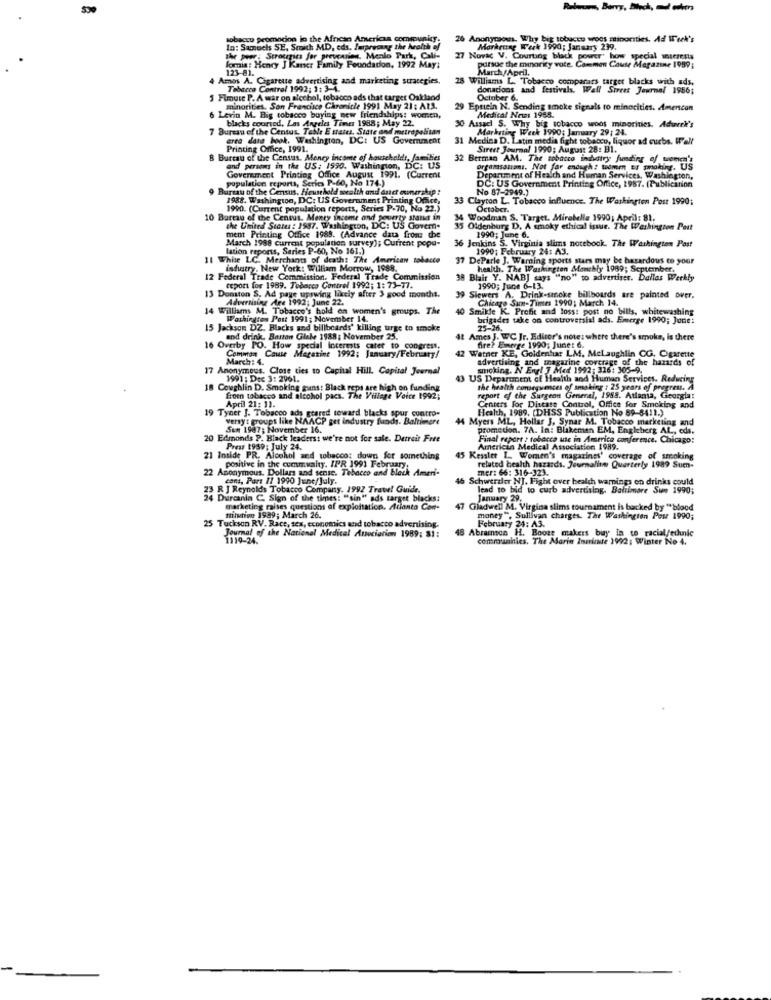
tobacco promocion in the African America community.
26 Anonymous. Why big tobucco woos sminorities. Ad Week's
In: Samuels SE, Smith MD, eds. Teprveung the health of
the A
Marketing Week 1990; January 239.
the poor; Strougics fer prevcmies, Menlo Park, Cali-
Park,
27 Novac V. Courting black power" how special interests
pursue the minority vote. Carmen Cause Magazine 1989;
123-81.
lomia : Henry J Kaner Family Foundation, 1992 May;
March/April.
4 Amos A. Cigarette advertising and marketing strategies.
28 Williams L. Tobacco comparars target blacks with ads.
Tabacco Control 1992; 1: 3-4.
donacions and festivals. Wall Street Journal 1986;
5 Fimuse P. A war on alcohol, tobacco ads that target Oakland
October 6.
minorities, San Francisco Chronicle 1991 May 21 : ALS.
29 Eptiein N. Sending smoke signals to minorities. American
6 Levin M. Big tobacco buying new friendships: women,
blacks coursed, Las Angeles Times 1988; May 22.
Medical News 1968.
7 Bureau of the Centus. Table E states. State and metropolitan
30 Assacl S. Why big tobacco woos minorities. Adweek's
Marketing Week 1990; January 29: 24.
erto date hook, Washington, DC: US Government
31 Medina D. Latin media fight tobacco, liquor ad curbs. Wall
Printing Office, 1991.
Street Journal 1990; August 28: B1.
B Bureau of the Census. Money income of households, families
32 Berman AM. The tobacco industry funding of women's
and persons in the US: 1590. Washington, DC: US
Orgamsalıanı. Not far endugh: tuomen er poking. US
population reports, Series P.60, No 174.)
Government Printing Office August 1991. (Current
Department of Health and Human Services. Washington,
DC: US Government Printing Office, 1987. (Publication
Bursau of the Census, Ffeusehold moralth and duct owner ship :
No 87-2949.)
1988. Washington, DC: US Government Printing Office,
33 Clayton L. Tobacco influence. The Washington Post 1990;
1990. (Current population reports, Series P-70, No 22.)
October.
10 Bureau of the Census. Menry income and poverty stand in
34 Woodman S. Target, Mirabelle 1990; April: 81.
the United Status : 1987. Washington, DC: US Govern-
ment Printing Office 1985. (Advance data from the
35 Oldenburg D. A smoky ethical issue. The Washington Post
1990; June 6.
March 1988 current population survey); Current popu-
36 Jenkins S. Virginia slims notebook. The Washington Post
lation reports, Series P-60, No 161.)
1990; February 24: A3.
11 White LC. Merchants of death: The American tobacco
37 DeParle J. Warning sports stars may be hazardous to your
ishistry. New York: William Morrow, 1988.
health. The Washington Monthly 1969; September.
12 Federal Trade Commission, Federal Trade Commission
38 Blair Y. NABJ says "no" to advertiser. Dallas Weekly
teport for 1989. Tobacco Contrel 1992; 1: 73-77.
1990; June 6-13.
Advertising Are 19921 30
39 Siewers A. Drink-smoke billboards are painted over.
Chicago Sun-Times 1990; March 14.
14 Williams M. Tobacco's hold on women's groups. The
40 Smikle K. Profit and loss! post no bills, whitewashing
Washington Post 1991; November 14.
brigades take on controversial ads. Emerge 1990; Jone:
15 Jackson DZ. Blacks and billboards' killing urge to smoke
25-26.
and drink Bartan Glele 1988; November 25.
4L Ames J. WC Jr. Editor's note : where there's smoke, is there
16 Overby PO. How special interests cater to congress,
42 Watner KE, Goldenhar LM, MeLaughlin CG. Cigarette
fire? Emerge 1990; June: 6.
Common Cause Magazine 1992; January/February/
March: 4.
advertising and magarine coverage of the hazards of
17 Anonymous, Close cies to Capital Hill. Capital Journal
smoking. N Engl J Med 1992: 316: 305-9.
1991: Dec 3: 2961.
43 US Department of Health and Human Services. Reducing
18 Coughlin D. Smoking guns: Black reps are high on funding
the health conseguesces of smoking : 25 years of progress, A
from tobacco and alcohol pacs. The Village Voice 1992;
report of the Surgeon General, 1988. Atlanta, Georgia:
19 Tyner J. Tobacco ads geared toward blacks spur contro-
April 21: 11.
Health, 1989. (DHSS Publication No 89-8411.)
Centers For Distate Control, Office for Smoking and
versyt groups like NAACP get industry funds. Baltimore
44 Myers ML, Hollar J, Synar M. Tobacco marketing and
Sen 1987; November 16.
promedion. 7A. In: Blakemen EM, Engleberg AL, eds.
20 Edmonds P. Black leaders: we're not for sale. Detroit Free
Final report : tobacco ute in America conference. Chicago:
Press 1959; July 24.
American Medical Association 1989.
21 Inside PR. Alcohol and tobacco: down for something
45 Kessler L. Women's magazines' coverage of smoking
22 Anonymous. Dollars and sense. Tobacco and black Ameri-
positive in the community. IPR 1991 February
mer: 66: 316-323.
related health hazards. Journalinn Quarterly 1989 Sum-
cons, Part 11 1990 June/July.
46 Schwerder NJ. Fight over health warnings en drinks could
23 R J Reynolds Tobacco Company. 1992 Travel Guide.
lead to bid to curb advertising. Baltimore Sun 1990;
24 Durcanin C. Sign of the times: "sin" ads target blacks:
January 29.
marketing raises questions of exploitation. Atlanta Con-
7 Gladwell M. Virgina slims tournament is backed by "*blood
25 Tuckson RV. Race, sex, economics and tobacco advertising.
fuilution 1989; March 26.
money ", Sullivan charges. The Washington Post 1990;
February 24: A3.
Abramsca H. Booze makers buy in co racial/ethnic
Journal of the National Medical Antocianion 1989: 31:
1119-24.
communities. The Marin Inerinde 1992: Winter No 4.